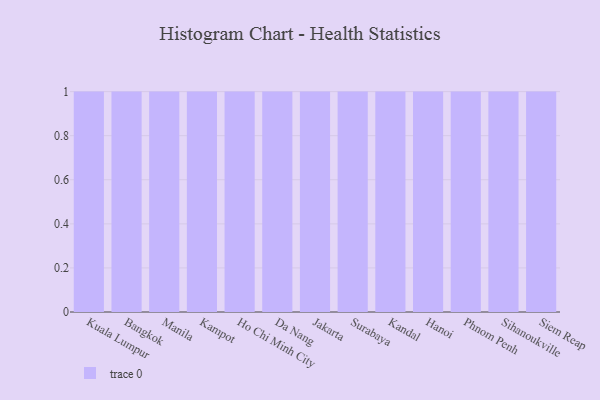
{"axis": {"x": "City", "y": "Churn Rate (%)"}, "legend": [""], "data": [{"x": "Kuala Lumpur", "y": 7, "type": ""}, {"x": "Bangkok", "y": 27, "type": ""}, {"x": "Manila", "y": 60, "type": ""}, {"x": "Kampot", "y": 56, "type": ""}, {"x": "Ho Chi Minh City", "y": 34, "type": ""}, {"x": "Da Nang", "y": 8, "type": ""}, {"x": "Jakarta", "y": 44, "type": ""}, {"x": "Surabaya", "y": 56, "type": ""}, {"x": "Kandal", "y": 26, "type": ""}, {"x": "Hanoi", "y": 25, "type": ""}, {"x": "Phnom Penh", "y": 20, "type": ""}, {"x": "Sihanoukville", "y": 76, "type": ""}, {"x": "Siem Reap", "y": 43, "type": ""}]}